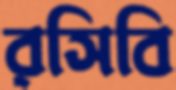
রসিবি